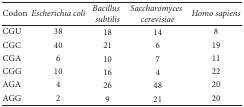
<table><thead><tr><td><b>Codon</b></td><td><b><i>Escherichia coli</i></b></td><td><b><i>Bacillus</i><i>subtilis </i></b></td><td><b><i>Saccharomyces</i><i>cerevisiae </i></b></td><td><b><i>Homo sapiens</i></b></td></tr></thead><tbody><tr><td>CGU</td><td>38</td><td>18</td><td>14</td><td>8</td></tr><tr><td>CGC</td><td>40</td><td>21</td><td>6</td><td>19</td></tr><tr><td>CGA</td><td>6</td><td>10</td><td>7</td><td>11</td></tr><tr><td>CGG</td><td>10</td><td>16</td><td>4</td><td>22</td></tr><tr><td>AGA</td><td>4</td><td>26</td><td>48</td><td>20</td></tr><tr><td>AGG</td><td>2</td><td>9</td><td>21</td><td>20</td></tr></tbody></table>